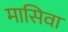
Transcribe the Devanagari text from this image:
मासिवा